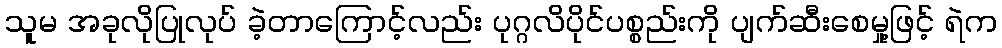
သူမ အခုလိုပြုလုပ် ခဲ့တာကြောင့်လည်း ပုဂ္ဂလိပိုင်ပစ္စည်းကို ပျက်ဆီးစေမှု့ဖြင့် ရဲက